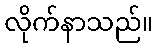
လိုက်နာသည်။